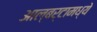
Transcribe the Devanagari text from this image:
आल्बर्टामध्ये